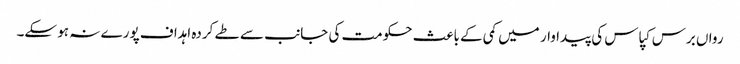
رواں برس کپاس کی پیداوار میں کمی کے باعث حکومت کی جانب سے طے کردہ اہداف پورے نہ ہو سکے۔